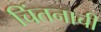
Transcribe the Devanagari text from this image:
चिंतनाची